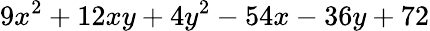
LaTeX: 9x^{2}+12xy+4y^{2}-54x-36y+72